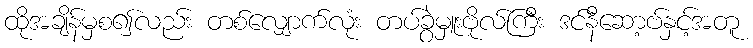
ထိုအချိန်မှစ၍လည်း တစ်လျှောက်လုံး တပ်ခွဲမှူးဗိုလ်ကြီး ဒင်နီဆော့ဗ်နှင့်အတူ